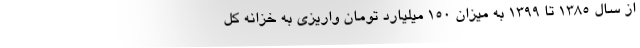
از سال 1385 تا 1399 به میزان 150 میلیارد تومان واریزی به خزانه کل